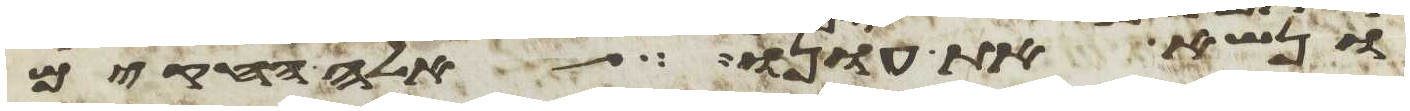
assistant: ונשא את עונו אלה החקים